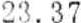
23.37